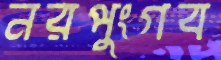
নরপুংগব